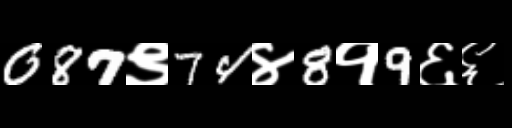
Text: 087९74४8१9६६